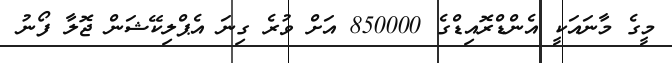
މީގެ މާނައަކީ އެންޑްރޮއިޑްގެ 850000 އަށް ވުރެ ގިނަ އެޕްލިކޭޝަން ޖޮލާ ފޯނު